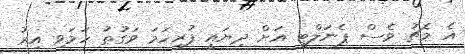
އެ މެޗު ވެސް ޕެނަލްޓީ އަށް ދިޔައީ ފުރިހަމަ ވަގުތު ހަމަވި އިރު